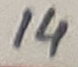
Text: 14